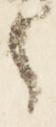
々